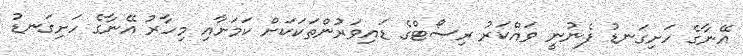
އޭނާގެ ހަށިގަނޑު ފެނުނީ ވައްކަރު ރިސޯޓްގެ ޑައިވަރުންތަކަކަށް ކަމަށާއި މިހާރު އޭނާގެ ހަށިގަނޑު